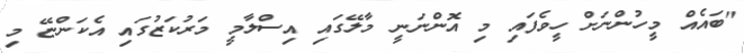
"ބައެއް މީހުންނަށް ހީވެފައި މި އޮންނަނީ މާލޭގައި އިސްލާމީ މަރުކަޒުގައި އެކަންޏޭ މި